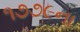
૧૭૭૯ના